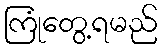
ကြုံတွေ့ရမည်